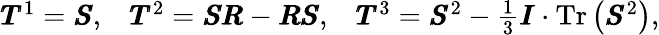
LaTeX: \begin{array}{lll}{\pmb{T}^{1}=\pmb{S},}&{\pmb{T}^{2}=\pmb{SR}-\pmb{RS},}&{\pmb{T}^{3}=\pmb{S}^{2}-\frac{1}{3}\pmb{I}\cdot\operatorname{Tr}\left(\pmb{S}^{2}\right),}\end{array}